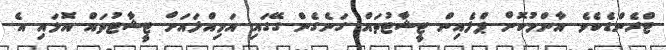
ޓްރެންޑެކެވެ. އާންމުކޮށް ޕްލެއިން ޓީޝާޓުތައް ގަނެގެން ގޭގައި އަމިއްލައަށް ޓީޝާޓުތައް އޮޅައި އެ